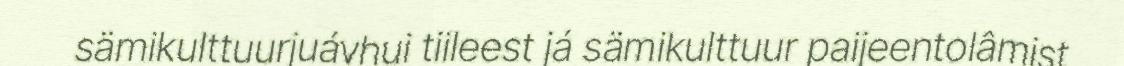
sämikulttuurjuávhui tiileest já sämikulttuur paijeentolâmist